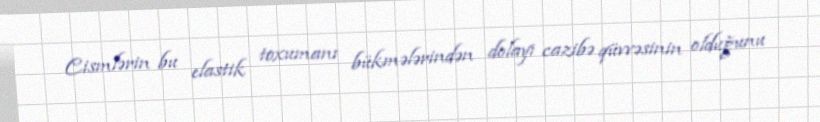
Cismlərin bu elastik toxumanı bükmələrindən dolayı cazibə qüvvəsinin olduğunu